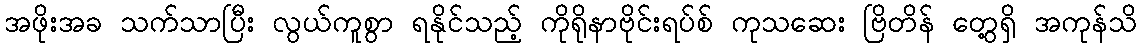
အဖိုးအခ သက်သာပြီး လွယ်ကူစွာ ရနိုင်သည့် ကိုရိုနာဗိုင်းရပ်စ် ကုသဆေး ဗြိတိန် တွေ့ရှိ အကုန်သိ